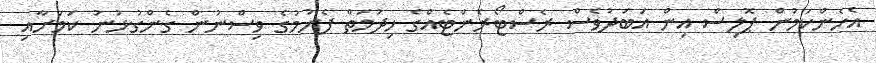
އެހެންކަމުން ޕޮލިސް އިން އަބަދުވެސް ރެސްޓޯރެންޓެއްގެ ހިދުމަތް ފެށުމުގެ ވިސްނުން ގެންގުޅުނު ކަމަށާއި